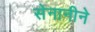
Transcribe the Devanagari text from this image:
सेनानीने